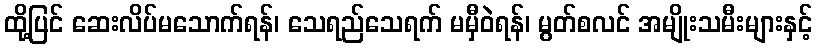
ထို့ပြင် ဆေးလိပ်မသောက်ရန်၊ သေရည်သေရက် မမှီဝဲရန်၊ မွတ်စလင် အမျိုးသမီးများနှင့်